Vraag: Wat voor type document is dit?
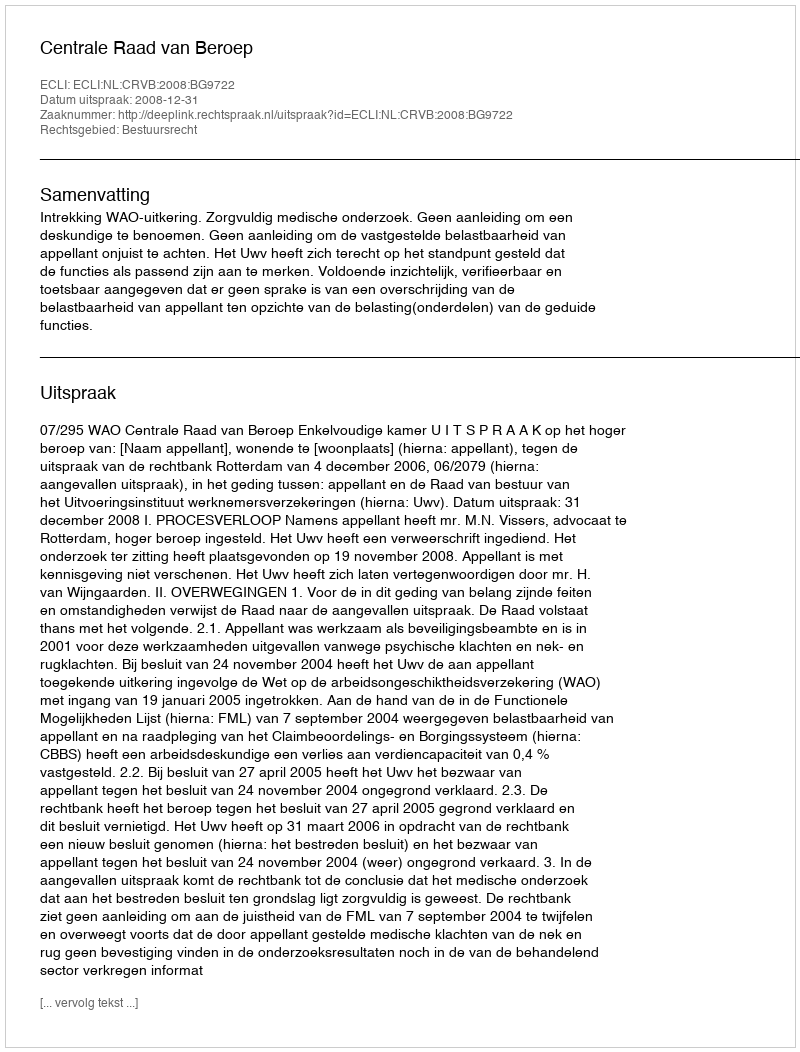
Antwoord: Uitspraak